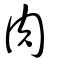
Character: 肉